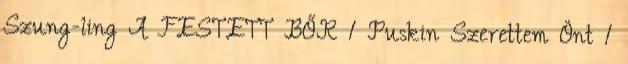
Szung-ling A FESTETT BŐR 1 Puskin Szerettem Önt 1